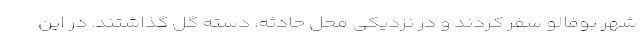
شهر بوفالو سفر کردند و در نزدیکی محل حادثه، دسته گل گذاشتند. در این